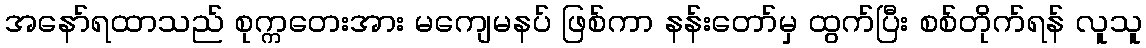
အနော်ရထာသည် စုက္ကတေးအား မကျေမနပ် ဖြစ်ကာ နန်းတော်မှ ထွက်ပြီး စစ်တိုက်ရန် လူသူ